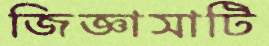
জিজ্ঞাসাটি